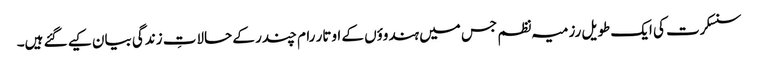
سنسکرت کی ایک طویل رزمیہ نظم جس میں ہندوؤں کے اوتار رام چندر کے حالاتِ زندگی بیان کیے گئے ہیں۔